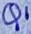
Text: Q1